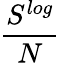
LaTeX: \frac{S^{log}}{N}